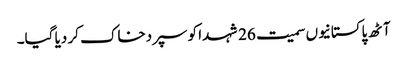
آٹھ پاکستانیوں سمیت 26 شہدا کو سپردخاک کر دیا گیا۔